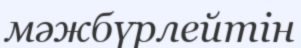
мәжбүрлейтін